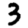
Digit: 3